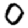
Digit: 0